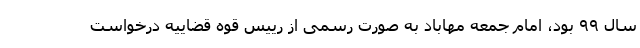
سال ۹۹ بود، امام جمعه مهاباد به صورت رسمی از رییس قوه قضاییه درخواست